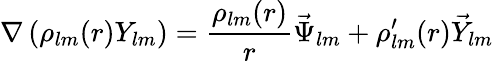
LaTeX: \nabla\left(\rho_{lm}(r)Y_{lm}\right)=\frac{\rho_{lm}(r)}{r}\vec{\Psi}_{lm}+\rho_{lm}^{\prime}(r)\vec{Y}_{lm}